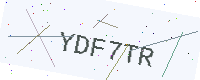
Text: YDF7TR